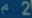
^{\wedge}2